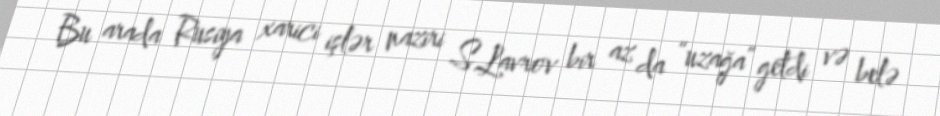
Bu arada Rusiya xarici işlər naziri S.Lavrov bir az da “uzağa” getdi və belə